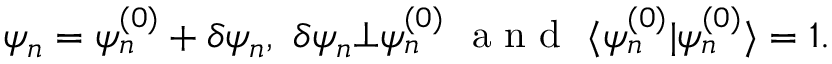
\psi _ { n } = \psi _ { n } ^ { ( 0 ) } + \delta \psi _ { n } , ~ \delta \psi _ { n } \bot \psi _ { n } ^ { ( 0 ) } ~ \textrm { a n d } ~ \langle \psi _ { n } ^ { ( 0 ) } | \psi _ { n } ^ { ( 0 ) } \rangle = 1 .